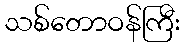
သစ်တောဝန်ကြီး